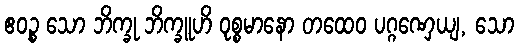
ဧဝဉ္စ သော ဘိက္ခု ဘိက္ခူဟိ ဝုစ္စမာနော တထေဝ ပဂ္ဂဏှေယျ, သော